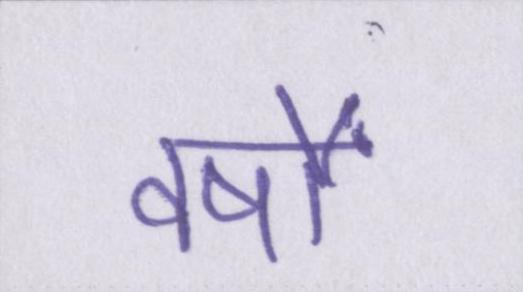
वर्षों